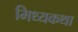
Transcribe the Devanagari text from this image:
मिथ्यकथा